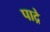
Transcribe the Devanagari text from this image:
पाद्रे